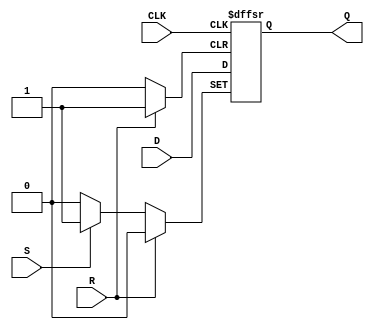
module d_ff_with_async_reset_set (
    input D,
    input CLK,
    input R,
    input S,
    output reg Q
);

always @(posedge CLK or posedge R or posedge S) begin
    if (R) begin
        Q <= 1'b0;
    end else if (S) begin
        Q <= 1'b1;
    end else begin
        Q <= D;
    end
end

endmodule